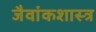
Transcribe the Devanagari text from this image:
जैवांकशास्त्र